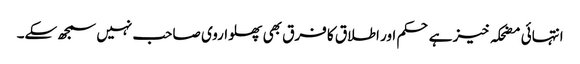
انتہائی مضحکہ خیز ہے حکم اور اطلاق کا فرق بھی پھلواروی صاحب نہیں سمجھ سکے۔